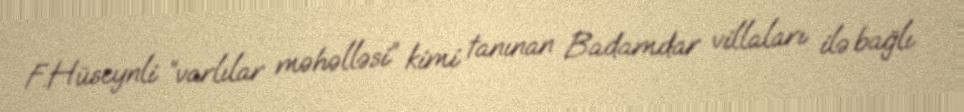
F.Hüseynli “varlılar məhəlləsi” kimi tanınan Badamdar villaları ilə bağlı